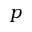
p